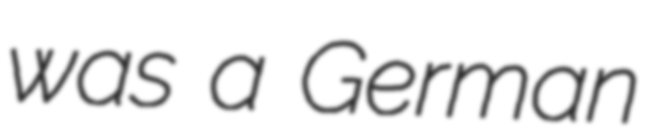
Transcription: was a German